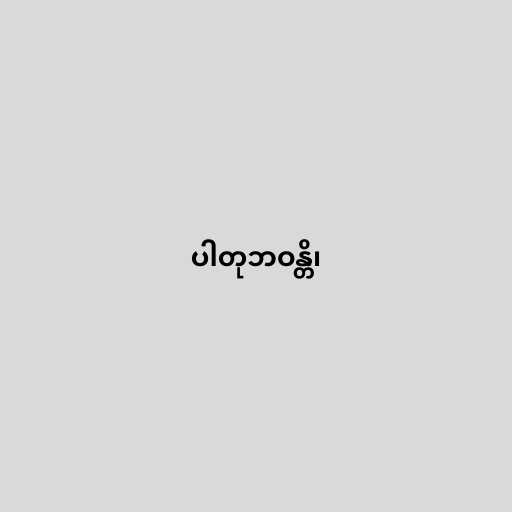
ပါတုဘဝန္တိ၊